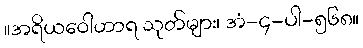
။အရိယဝေါဟာရ သုတ်များ၊ အံ-၄-ပါ-၅၆၈။